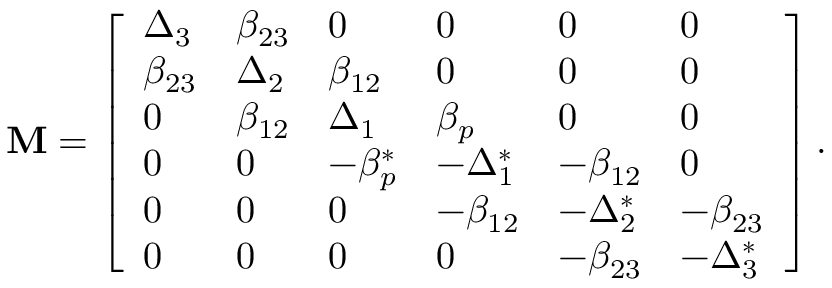
\mathbf { M } = \left[ \begin{array} { l l l l l l } { \Delta _ { 3 } } & { \beta _ { 2 3 } } & { 0 } & { 0 } & { 0 } & { 0 } \\ { \beta _ { 2 3 } } & { \Delta _ { 2 } } & { \beta _ { 1 2 } } & { 0 } & { 0 } & { 0 } \\ { 0 } & { \beta _ { 1 2 } } & { \Delta _ { 1 } } & { \beta _ { p } } & { 0 } & { 0 } \\ { 0 } & { 0 } & { - \beta _ { p } ^ { * } } & { - \Delta _ { 1 } ^ { * } } & { - \beta _ { 1 2 } } & { 0 } \\ { 0 } & { 0 } & { 0 } & { - \beta _ { 1 2 } } & { - \Delta _ { 2 } ^ { * } } & { - \beta _ { 2 3 } } \\ { 0 } & { 0 } & { 0 } & { 0 } & { - \beta _ { 2 3 } } & { - \Delta _ { 3 } ^ { * } } \end{array} \right] .